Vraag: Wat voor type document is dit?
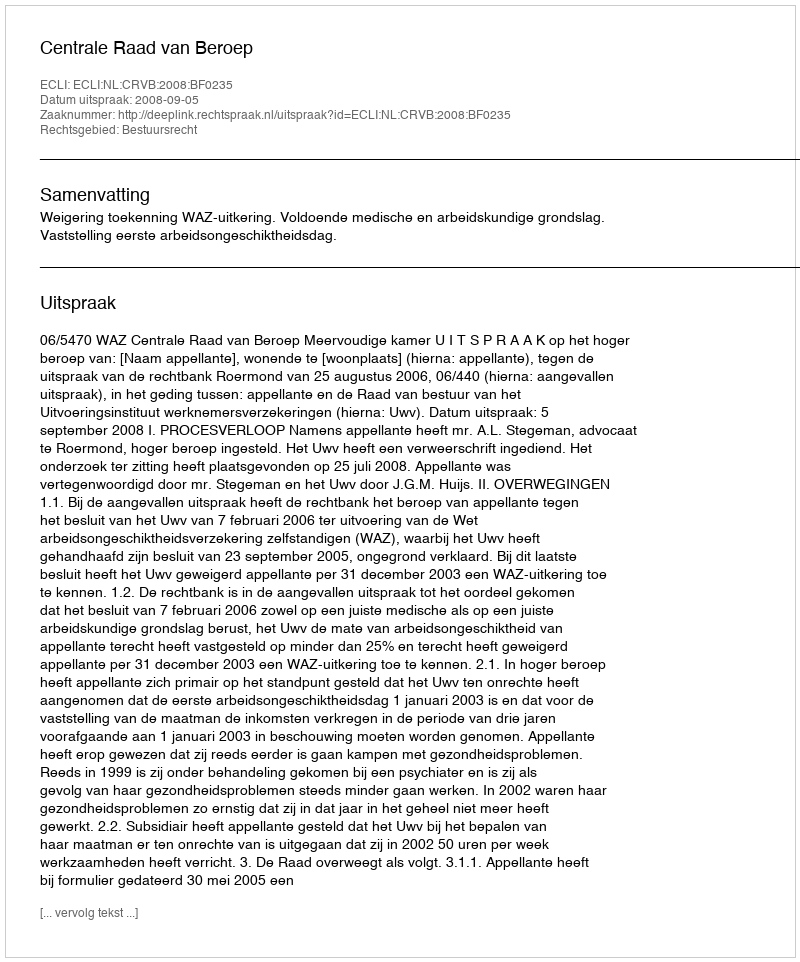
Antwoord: Uitspraak